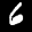
Label: 6